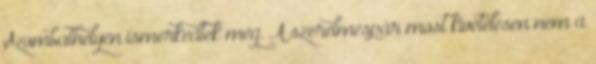
Szombathelyen ismerkedtek meg. A szerelmespár most kivételesen nem a